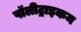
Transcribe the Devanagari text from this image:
पॉलीट्राइकम